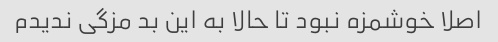
اصلا خوشمزه نبود تا حالا به این بد مزگی ندیدم